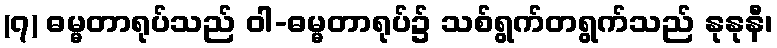
(၇) ဓမ္မတာရုပ်သည် ဝါ-ဓမ္မတာရုပ်၌ သစ်ရွက်တရွက်သည် နုနုနီ၊